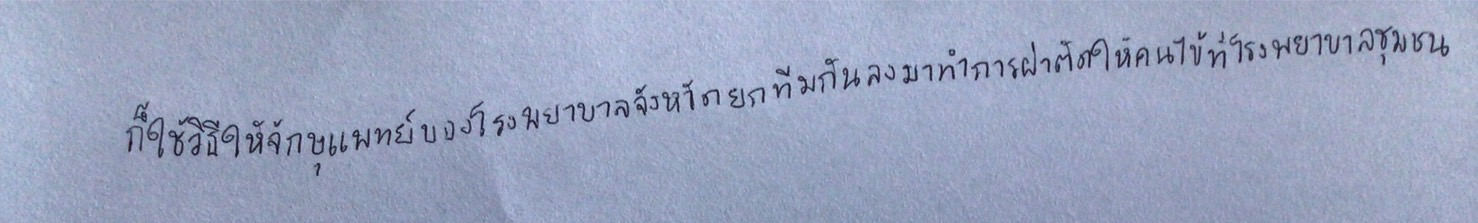
ก็ใช้วิธีให้จักษุแพทย์ของโรงพยาบาลจังหวัดยกทีมกันลงมาทำการผ่าตัดให้คนไข้ที่โรงพยาบาลชุมชน